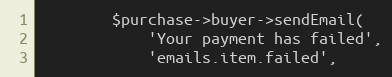
Language: PHP
        $purchase->buyer->sendEmail(
            'Your payment has failed',
            'emails.item.failed',